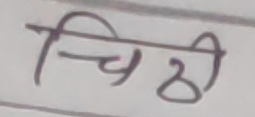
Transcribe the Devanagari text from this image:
चिठ्ठी